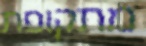
מתקופת